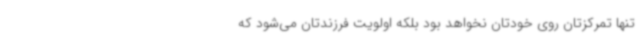
تنها تمرکزتان روی خودتان نخواهد بود بلکه اولویت فرزندتان می‌شود که